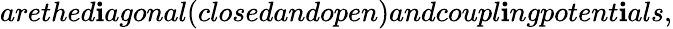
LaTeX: arethed\mathbf{i}agonal(closedandopen)andcoupl\mathbf{i}ngpotent\mathbf{i}als,